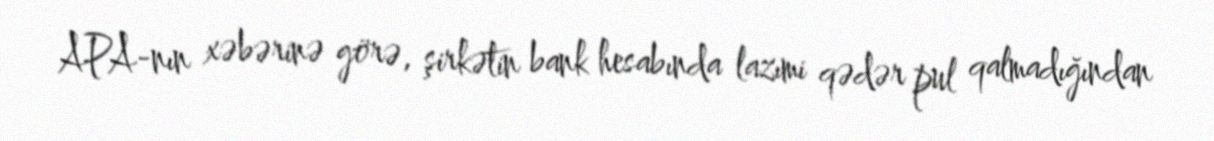
APA-nın xəbərinə görə, şirkətin bank hesabında lazımi qədər pul qalmadığından